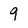
Character: 9